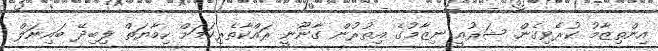
އިންތިޒާމު ކުރެވިގެން. ޝަރުއީ ނިޒާމުގެ އިތުރުން ގާނޫނީ ރައްކާތެރިކަމަށް ހިމާޔަތް ލިބިދޭ ބައިނަލް